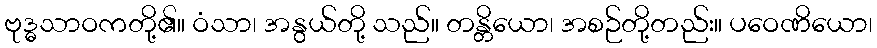
ဗုဒ္ဓသာဝကတို့၏။ ဝံသာ၊ အနွယ်တို့ သည်။ တန္တိယော၊ အစဉ်တို့တည်း။ ပဝေဏိယော၊